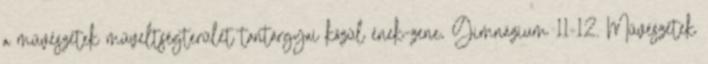
a művészetek műveltségterület tantárgyai közül ének-zene, Gimnázium 11-12. Művészetek